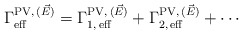
\begin{align*}\Gamma_{\rm eff}^{{\rm PV},\,(\vec{E})} = \Gamma_{1,\,{\rm eff}}^{{\rm PV},\,(\vec{E})} + \Gamma_{2,\,{\rm eff}}^{{\rm PV},\,(\vec{E})} + \cdots\end{align*}